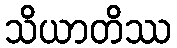
သိယာတိဿ